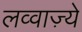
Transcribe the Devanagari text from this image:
लव्वाज़्ये